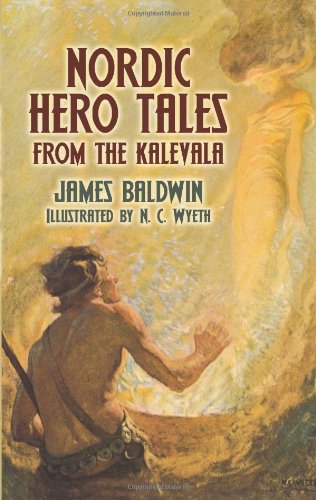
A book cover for Nordic Hero Tales from the Kalevala; James Baldwin; Children's Books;